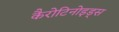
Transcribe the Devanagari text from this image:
कैरोटिनोइड्स